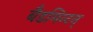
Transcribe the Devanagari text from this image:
बैडमिन्टन्